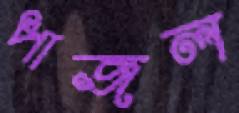
পাজল